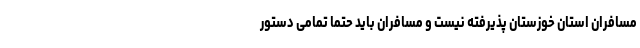
مسافران استان خوزستان پذیرفته نیست و مسافران باید حتما تمامی دستور